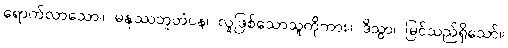
ရောက်လာသော။ မနုဿဘူတံပန၊ လူဖြစ်သောသူကိုကား။ ဒိသွာ၊ မြင်သည်ရှိသော်။